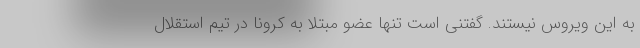
به این ویروس نیستند. گفتنی است تنها عضو مبتلا به کرونا در تیم استقلال